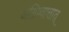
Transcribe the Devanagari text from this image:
अग्निष्वात्तात्